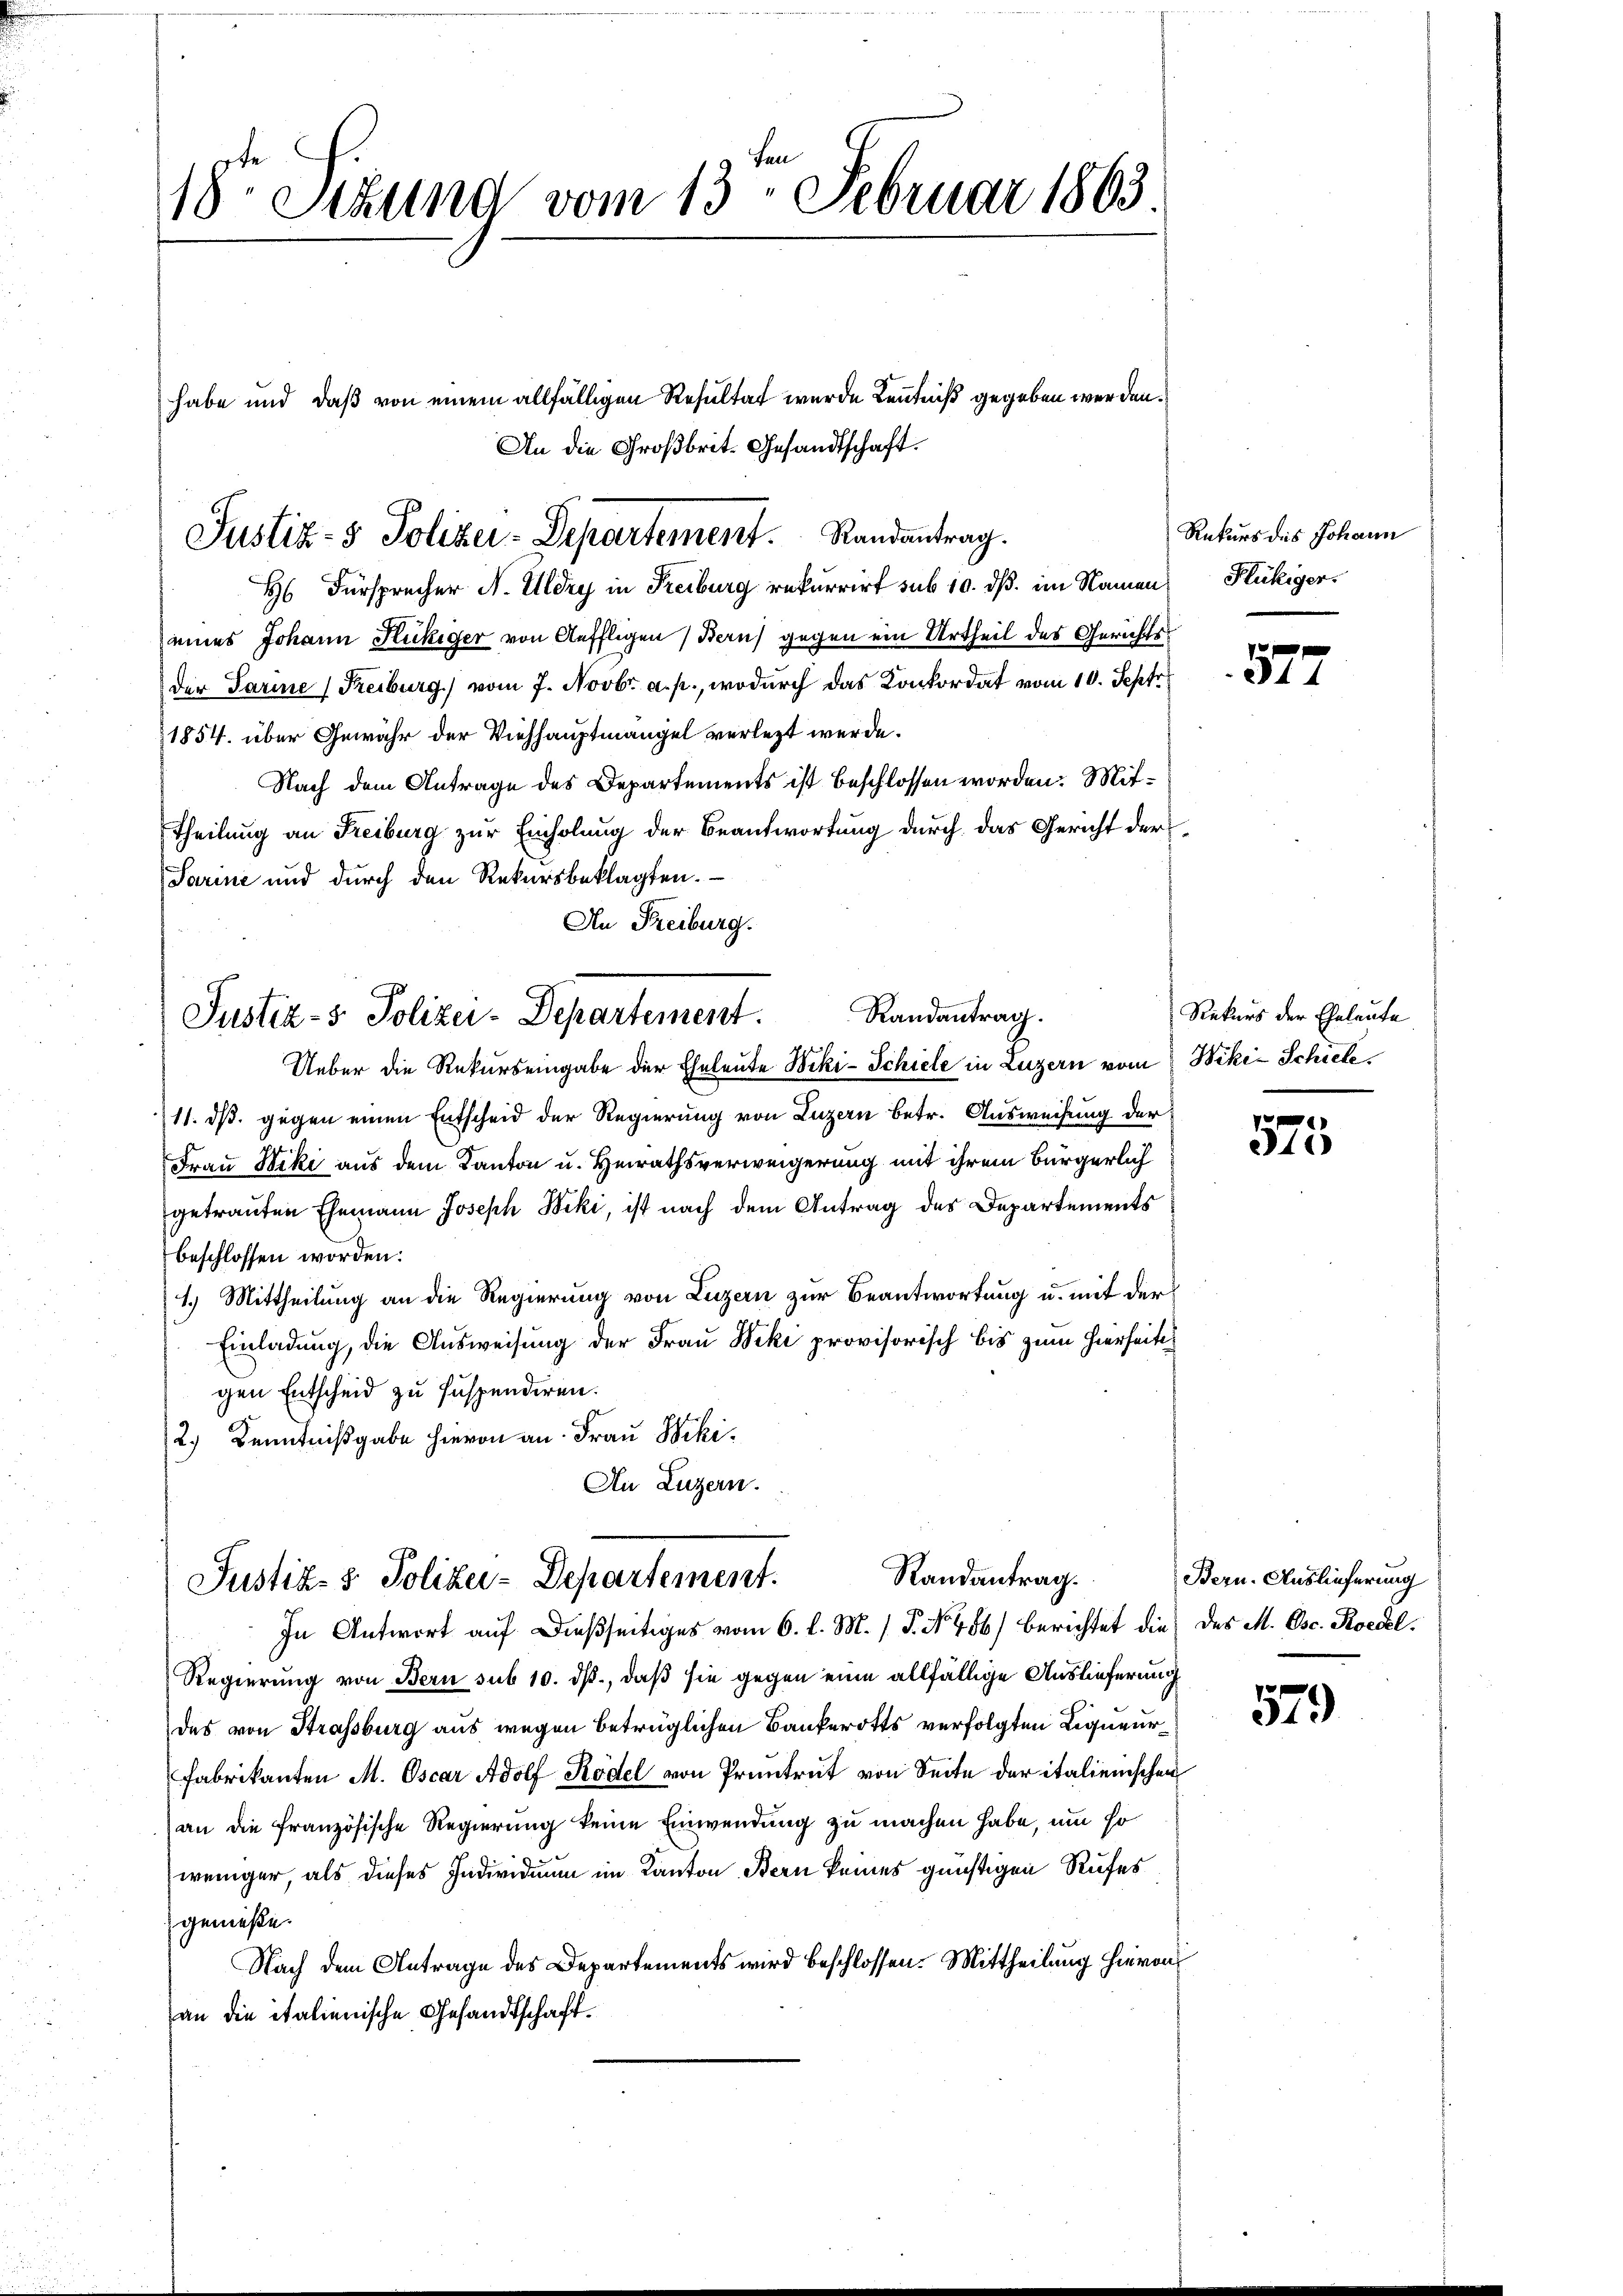
18te Sitzund vom 13. Februar 1863.

Justiz- & Polizei-Departement. Randantrag.
H Fürsprecher N. Uldry in Freiburg rekurrirt sub 10. dß. im Namen

eines Johann Fickiger von Auffligen Bern) gegen ein Urtheil des Gerichts¬
Der Parine (Freiburg) vom 7. Novbr. a. p., wodurch das Konkordat vom 10. Septe
1854. über Gewähr der Viehhauptmangel verletzt werde.
Nach dem Antrage des Departements ist beschlossen worden. Mit¬
Theilung an Freiburg zur Einholung der Beantwortung durch das Gericht der
Sarine und durch den Rekursbeklagten.
An Freiburg.

Justiz- & Polizei-Departement. Randantrag.

Ueber die Rekurseingabe der Eheleute Biki-Schiele in Luzern vom Wiki-Schiede
11. ds. gegen einen Entscheid der Regierung von Luzern betr. Ausweisung der
Frau Niki aus dem Kanton u. Heirathsverweigerung mit ihrem Bürgerlich
getrauten Ehemann Joseph Biki, ist nach dem Antrag des Departements
beschlossen worden.
1.) Mittheilung an die Regierung von Luzern zur Beantwortung u. mit der
Einladung, die Ausweisung der Frau Wiki provisorisch bis zum hierseitss
gen Entscheid zu suspendiren.
2.) Kenntnißgabe hievon an Frau Wihi¬
An Luzern.

habe und daß von einem allfälligen Resultat wurde Kenntniß gegeben werden.
An die Großbrit- Gesandtschaft.

Randantrag.
Justiz- & Polizei-Departement.
In Antwort auf dießseitiges vom 6. d. M. (T. No. 486) berichtet die des M. Osc. Roedel¬

Regierung von Bern sub 10. ds., daß sie gegen eine allfällige Auslieferung
des von Strassburg aus wegen betrüglichen Bankerotts verfolgten Ligneur¬
Fabrikanten M. Oscar Adolf Rödel von Prunt von Seite der italienischen
an die französische Regierung keine Einwendung zu machen habe, um so
weniger, als dieses Individuum im Kanton Bern keines günstigen Rufes
genieße.
Nach dem Antrage des Departements wird beschlossen: Mittheilung hievon
an die italienische Gesandtschaft¬

Rekurs des Johann
Flükiger.

.
24

Rekurs der Eheleute

e
34

Bern. Auslieferung

579